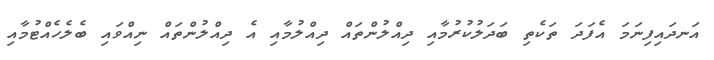
އަނދައިފިނަމަ އެފަދަ ތަކެތި ބަދަލުކުރުމާއި ދިއްލުންތައް ދިއްލުމާއި އެ ދިއްލުންތައް ނިއްވައި ބެލެހެއްޓުމާއި